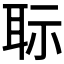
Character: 𦕝